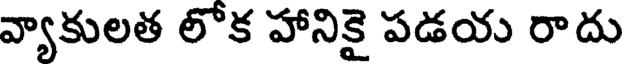
వ్యాకులత లోక హానికై పడయ రాదు